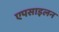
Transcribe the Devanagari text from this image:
एपसाइलन